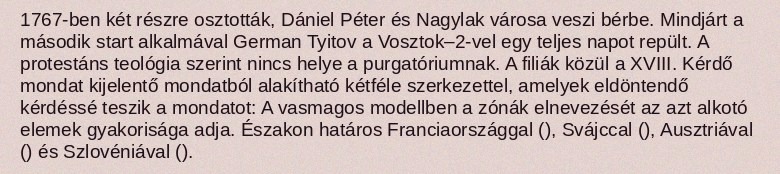
1767-ben két részre osztották, Dániel Péter és Nagylak városa veszi bérbe. Mindjárt a második start alkalmával German Tyitov a Vosztok–2-vel egy teljes napot repült. A protestáns teológia szerint nincs helye a purgatóriumnak. A filiák közül a XVIII. Kérdő mondat kijelentő mondatból alakítható kétféle szerkezettel, amelyek eldöntendő kérdéssé teszik a mondatot: A vasmagos modellben a zónák elnevezését az azt alkotó elemek gyakorisága adja. Északon határos Franciaországgal (), Svájccal (), Ausztriával () és Szlovéniával ().